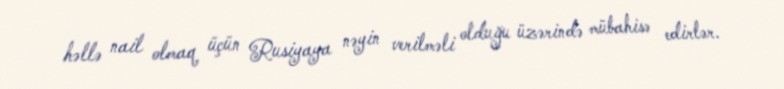
həllə nail olmaq üçün Rusiyaya nəyin verilməli olduğu üzərində mübahisə edirlər.